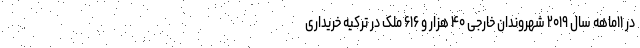
در ۱۱ماهه سال ۲۰۱۹ شهروندان خارجی ۴۰ هزار و ۶۱۶ ملک در ترکیه خریداری